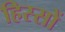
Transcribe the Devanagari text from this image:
हिस्सों